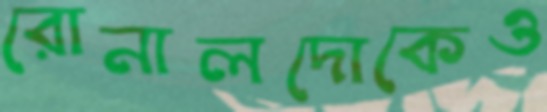
রোনালদোকেও